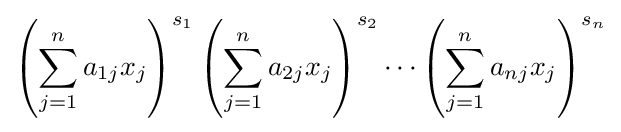
\left(\sum _{j=1}^{n}a_{1j}x_{j}\right)^{s_{1}}\left(\sum _{j=1}^{n}a_{2j}x_{j}\right)^{s_{2}}\cdots \left(\sum _{j=1}^{n}a_{nj}x_{j}\right)^{s_{n}}